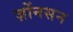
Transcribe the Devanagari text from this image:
ज़ोंनसन